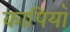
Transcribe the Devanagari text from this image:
कापियाँ